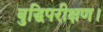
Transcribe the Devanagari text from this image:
बुद्धिपरीक्षण।